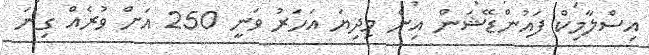
އިސްލާމިކް ފައުންޑޭޝަން އިން މިދިޔަ އަހަރު ވަނީ 250 އަށް ވުރެއް ގިނަ